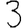
Digit: 3